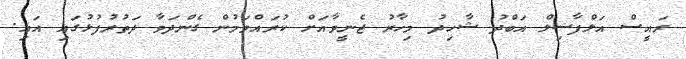
ރައީސް އަލްފާޟިލް އަބްދު ޝާހިދު މިހާރު ޖެނީވާއަށް ކުރައްވަމުން ގެންދަވާ ދަތުރުފުޅުގައި އައި.